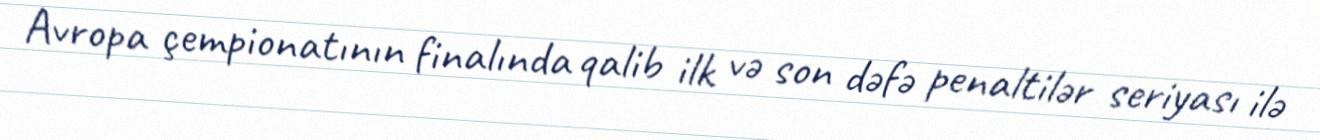
Avropa çempionatının finalında qalib ilk və son dəfə penaltilər seriyası ilə